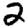
Digit: 2